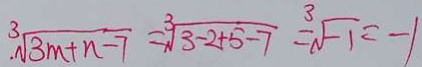
\sqrt [ 3 ] { 3 m + n - 7 } = \sqrt [ 3 ] { 3 - 2 + 5 - 7 } = \sqrt [ 3 ] { - 1 } = - 1